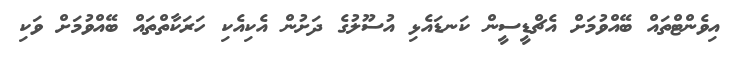
އިވެންޓްތައް ބޭއްވުމަށް އެޗްޑީސީން ކަނޑައެޅި އުސޫލުގެ ދަށުން އެކިއެކި ހަރަކާތްތައް ބޭއްވުމަށް ވަކި